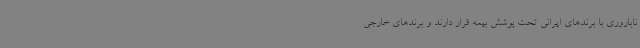
ناباروری با برندهای ایرانی تحت پوشش بیمه قرار دارند و برندهای خارجی